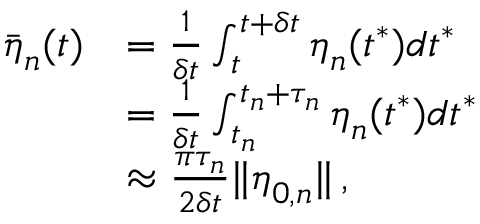
\begin{array} { r l } { \bar { \boldsymbol { \eta } } _ { n } ( t ) } & { = \frac { 1 } { \delta t } \int _ { t } ^ { t + \delta t } \boldsymbol { \eta } _ { n } ( t ^ { * } ) d t ^ { * } } \\ & { = \frac { 1 } { \delta t } \int _ { t _ { n } } ^ { t _ { n } + \tau _ { n } } \boldsymbol { \eta } _ { n } ( t ^ { * } ) d t ^ { * } } \\ & { \approx \frac { \pi \tau _ { n } } { 2 \delta t } \lVert \boldsymbol { \eta } _ { 0 , n } \rVert \, , } \end{array}